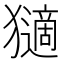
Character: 𤢼